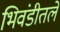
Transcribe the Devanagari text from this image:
भिवंडीतले